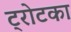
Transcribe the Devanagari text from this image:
ट्रोटका